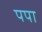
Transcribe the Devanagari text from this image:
पपा